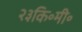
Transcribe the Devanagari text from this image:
२३कि॰मी॰